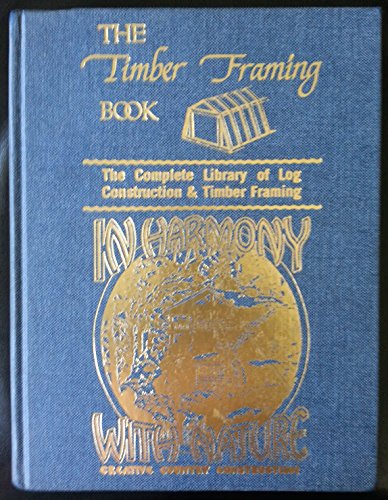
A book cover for The Timber Framing Book & In Harmony with Nature; Stewart Elliott; Crafts, Hobbies & Home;